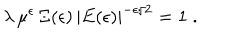
LaTeX: \lambda \, \mu ^ { \epsilon } \, \Xi ( \epsilon ) \, | E ( \epsilon ) | ^ { - \epsilon / 2 } = 1 \; .